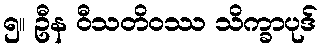
၅။ ဦန ဝီသတိဝဿ သိက္ခာပုဒ်